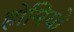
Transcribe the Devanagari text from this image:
होमियो